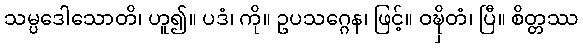
သမ္ပဒေါသောတိ၊ ဟူ၍။ ပဒံ၊ ကို။ ဥပသဂ္ဂေန၊ ဖြင့်။ ဝဍ္ဎှိတံ၊ ပြီ။ စိတ္တဿ